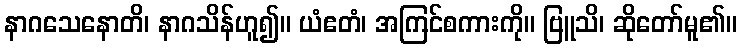
နာဂသေနောတိ၊ နာဂသိန်ဟူ၍။ ယံဧတံ၊ အကြင်စကားကို။ ဗြူသိ၊ ဆိုတော်မူ၏။